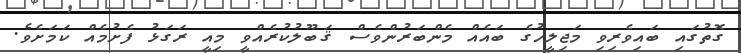
ގޮތުގައި ބައިވެރިވި މަޖިލީހުގެ ބައެއް މެންބަރުންވެސް ޤަބޫލުކުރެއްވީ މިއީ ރަގަޅު ފެށުމެއް ކަމަށެވެ.